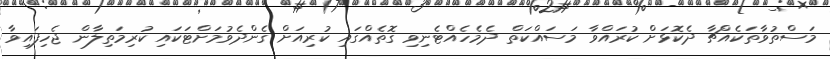
މަސްތުވާތަކެއްޗާ ދެކޮޅަށް ކުރައްވާ މަސައްކަތް ދެމެހެއްޓެނިވި ގޮތެއްގައި ކުރިއަށް ގެންދެވުމަށްޓަކައި ކުރިމަތިލާން ޖެހިފައިވާ